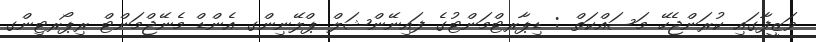
ވަޒީފާގައި ކުރަންޖެހޭ މަސައްކަތް : ޑިޕާރޓްމަންޓުގެ ފައިނޭންޝަލް ޕްލޭނިންގ އެންޑް މެނޭޖްމަންޓް ރިޕޯރޓިންގ